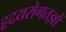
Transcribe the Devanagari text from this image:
हृदयरोगतज्ञों